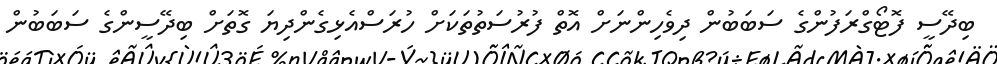
ބިދޭސީ ފޮޓޯގްރަފުންގެ ސަބަބުން ދިވެހިންނަށް އޮތް ފުރުސަތުތަކަށް ހުރަސްއެޅިގެންދިޔަ ގޮތަށް ބިދޭސީންގެ ސަބަބުން